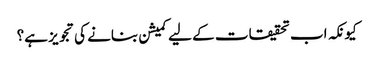
کیونکہ اب تحقیقات کے لیے کمیشن بنانے کی تجویز ہے؟